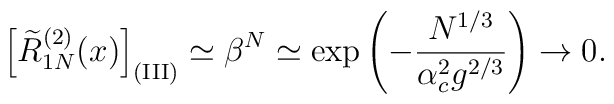
\left[\widetilde R_{1N}^{(2)}(x)\right]_{\rm (III)}   \simeq\beta^N\simeq\exp\left(-{N^{1/3}\over\alpha_c^2g^{2/3}}\right)   \rightarrow0.